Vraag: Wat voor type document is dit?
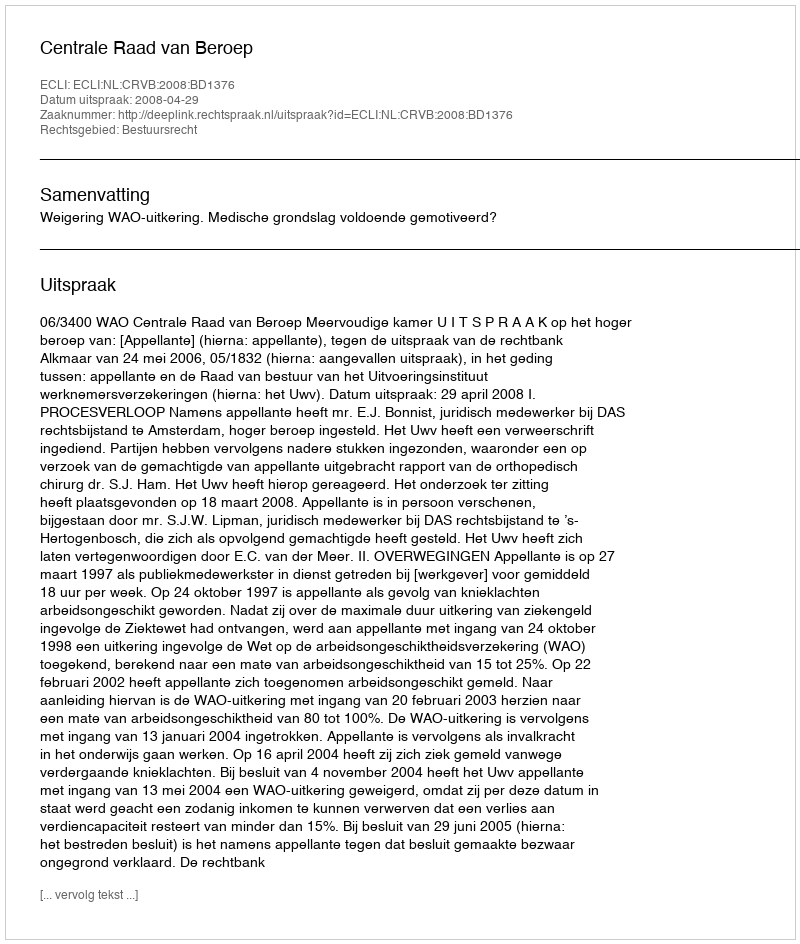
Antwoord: Uitspraak